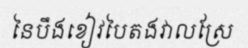
នៃបឹងខៀវបៃតងវាលស្រែ